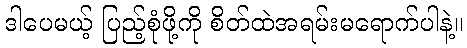
ဒါပေမယ့် ပြည့်စုံဖို့ကို စိတ်ထဲအရမ်းမရောက်ပါနဲ့။